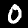
Label: 0